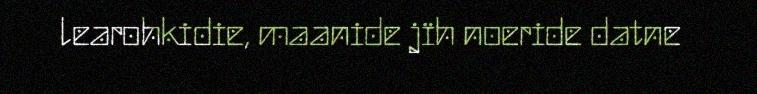
learohkidie, maanide jïh noeride datne